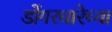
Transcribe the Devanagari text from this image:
डोंगरधारेच्या